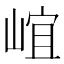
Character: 𡹠